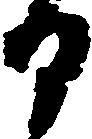
日